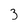
Character: 3